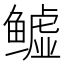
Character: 𬶬